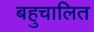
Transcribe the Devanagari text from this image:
बहुचालित